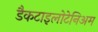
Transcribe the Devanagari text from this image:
डैकटाइलोटेनिअम